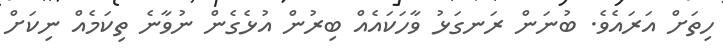
ހިތަށް އަރައެވެ. ބުނަން ރަނގަޅު ވާހަކައެއް ބިރުން އުޅެގެން ނުވާނެ ތިކަމެއް ނިކަށް